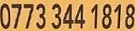
0770 344 1818